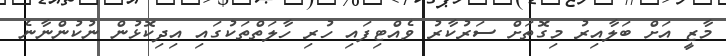
މާޒީ އަށް ބަލާއިރު މިގޮތަށް ސަރުކާރު ވެއްޓިފައި ހުރި ހާލަތްތަކުގައި އިދިކޮޅުން ނުކުންނާނެ